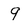
Character: 9